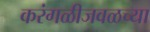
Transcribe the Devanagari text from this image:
करंगळीजवळच्या